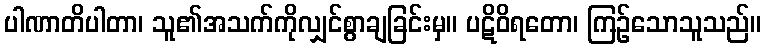
ပါဏာတိပါတာ၊ သူ၏အသက်ကိုလျှင်စွာချခြင်းမှ။ ပဋိဝိရတော၊ ကြဉ်သောသူသည်။